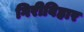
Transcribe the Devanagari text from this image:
गिरीविहार